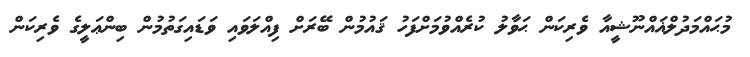
މުޙައްމަދުލްޣައްނޫޝީއާ ވެރިކަން ޙަވާލު ކުރެއްވުމަށްފަހު ޤައުމުން ބޭރަށް ފިއްލަވައި ވަޑައިގަތުމުން ބިންޢަލީގެ ވެރިކަން